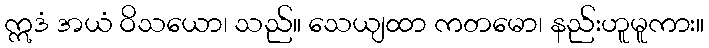
ဣဒံ အယံ ဝိသယော၊ သည်။ သေယျထာ ကတမော၊ နည်းဟူမူကား။